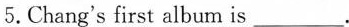
5.Chang's first album is___.